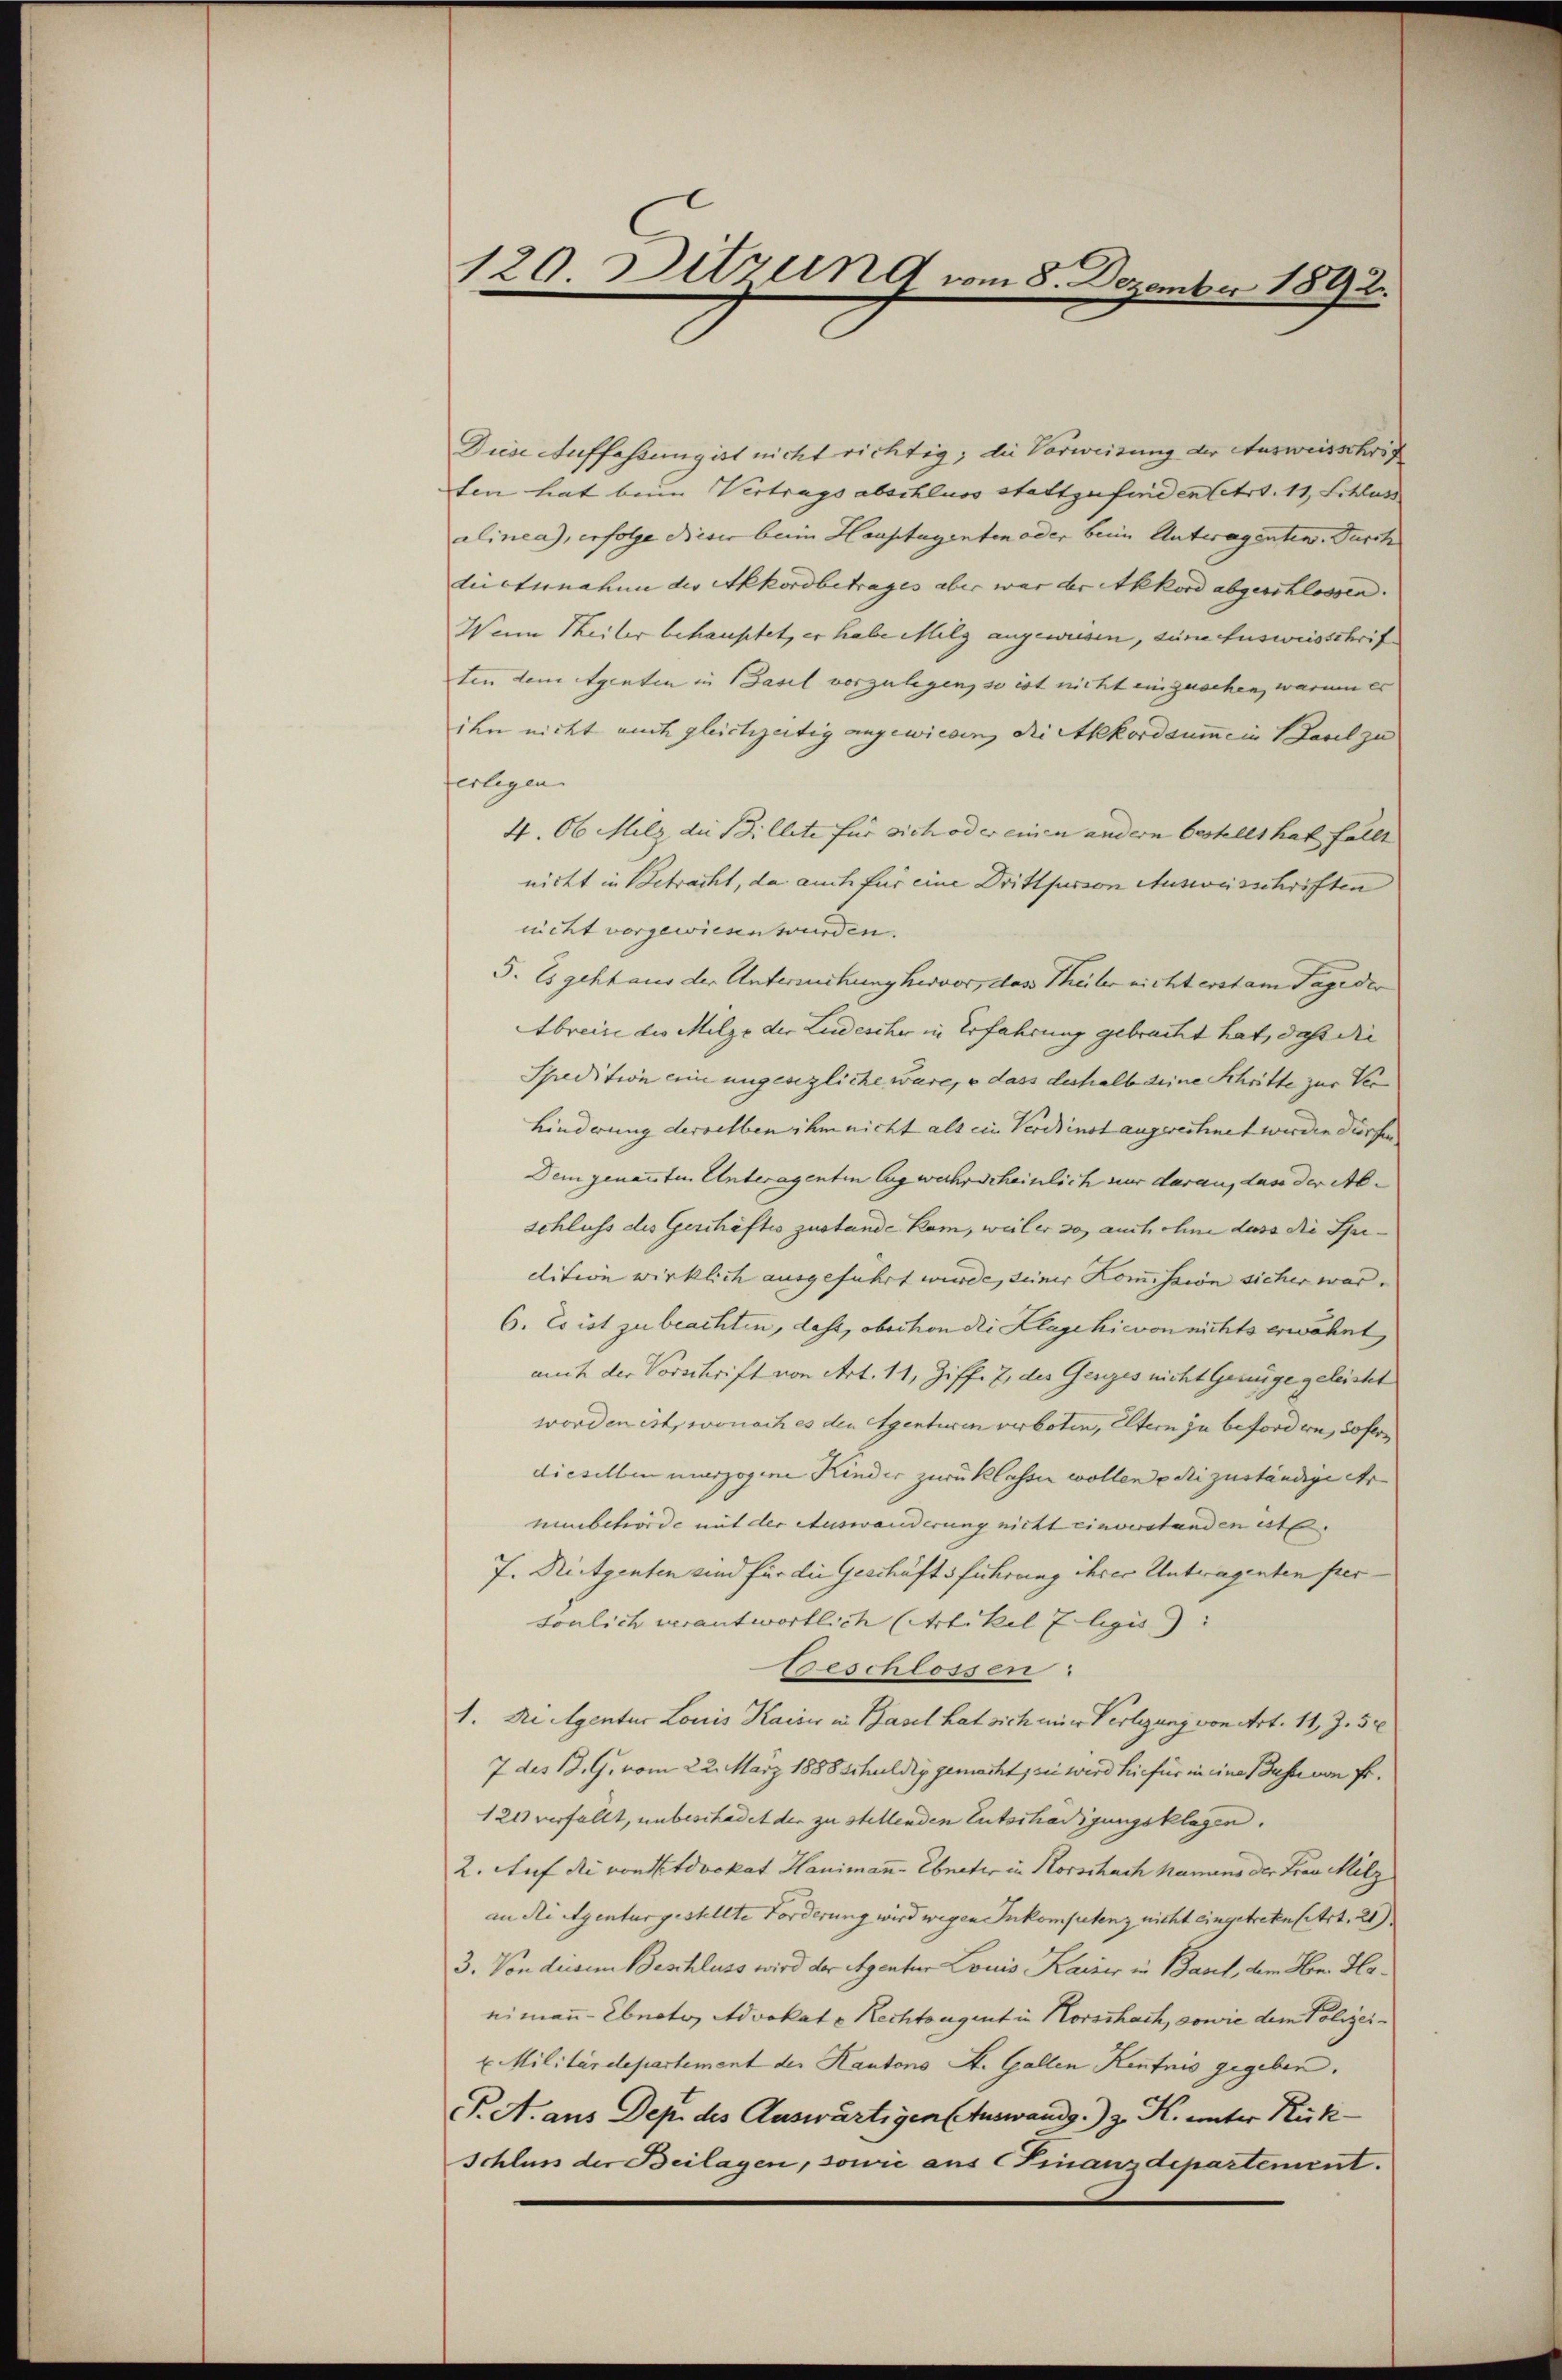
120. Ditzung vom 8. Dezember 1892.

Diese Auffassung ist nicht richtig; die Vorweisung der Ausweisschrif
ten hat beim Vertrags abschluss stattzufinden betr. 11, Schluss
alinea, erfolge dieser beim Hauptagenten oder beim Unteragenten. Durch
diietunahme der Akkordbetrages aber war der Akkord abgeschlossen. |
Wenn Theiler behauptet, er habe Milg angewiesen, seine Ausweisschrif
ten den Agenten in Basel vorzulegen, so ist nicht einzusehen, warum er
ihn nicht auch gleichzeitig angewieden, die Akkordaume in Basel zu
erlegen.
4. Ob Milz die Billete für sich oder einen andern bestellt hat fällt |
nicht in Betracht, da auch für eine Drittfusson Ausweisschriften
nicht vorgewiesen wurden. |
5. Es gehhaus der Untermitzung hervor, das Theiler nicht erst am Tage der
Abreite des Milze der Ludescher in Erfahrung gebracht hat, daß die
Spredition eine ungesezliche wäre, e dass deshalb deine Schritte zur Ver
Hinderung derselben ihm nicht als ein Vereinst angerechnet werden dürfen.
Dem genannten Unteragenten lag wahrscheinlich nur darau, das der Abschluss des Geschäftes zustande kam, weil er so auch ohne dass die Spi-
dition wirklich ausgeführt wurde, seiner Komission sicher war.
6. Es ist zu beachten, dass, obschon die Klage hievon nichts erwähnt,
auch der Vorschrift von Art. 11, Ziff. 7 des Genges nicht Genüge geleicht
worden ist, wonach es den Agenturen verboten, Eltern zu befordern, sofern
dieselben unerzogene Kinder zurücklassen wollen edii zuständige Ar
nubehörde mit der Auswanderung nicht einverstanden ist.
7. Rietgenten sind für die Geschäftsführung ihrer Unteragenten persönlich verantwortlich (Artikel 7 legis
Beschlossen:
1. di eigentur Louis Kaiser in Basel hat sich einer Verlegung von Art. 11. Z. 54
7 des B. G. vom 22. März 1888 schuldig gemacht, sei wird hiefür in eine Busse von Fr.
121 verfällt, unbeschadet der zu stellenden Entschädigungsklagen.
2. Auf die von dvokat Hanimann Ebneter in Korschach Namens der Frau Milz
an die Agenturgestellte Forderung wird wegen Inkompetenz nicht eingetretensitrt. 20).
3. Von diesem Beschluss wird der Agentur Louis Kaiser in Basel, dem Hr. Honimann Ebnato, Advokat v. Rechtengent in Horschach, sowie dem Polizeix Militärdepartement der Kantons St. Gallen Kentnis gegeben.
T. A. aus Dep. des Auswärtigen Auswandg.) z. K. unter Rück
Schluss der Beilagen, sowie aus Finanzdepartement.